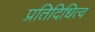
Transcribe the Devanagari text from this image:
प्रतिदिधित्व